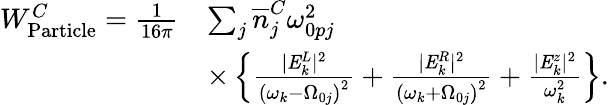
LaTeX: \begin{array}{rl}{W_{\mathrm{Particle}}^{C}=\frac{1}{16\pi}}&{\sum_{j}\overline{n}_{j}^{C}\omega_{0pj}^{2}}\\ &{\times\left\{ \frac{|\mathit{{E}}_{k}^{L}|^{2}}{\left(\omega_{k}-\Omega_{0j}\right)^{2}}+\frac{|\mathit{{E}}_{k}^{R}|^{2}}{\left(\omega_{k}+\Omega_{0j}\right)^{2}}+\frac{|\mathit{{E}}_{k}^{z}|^{2}}{\omega_{k}^{2}}\right\} .}\end{array}